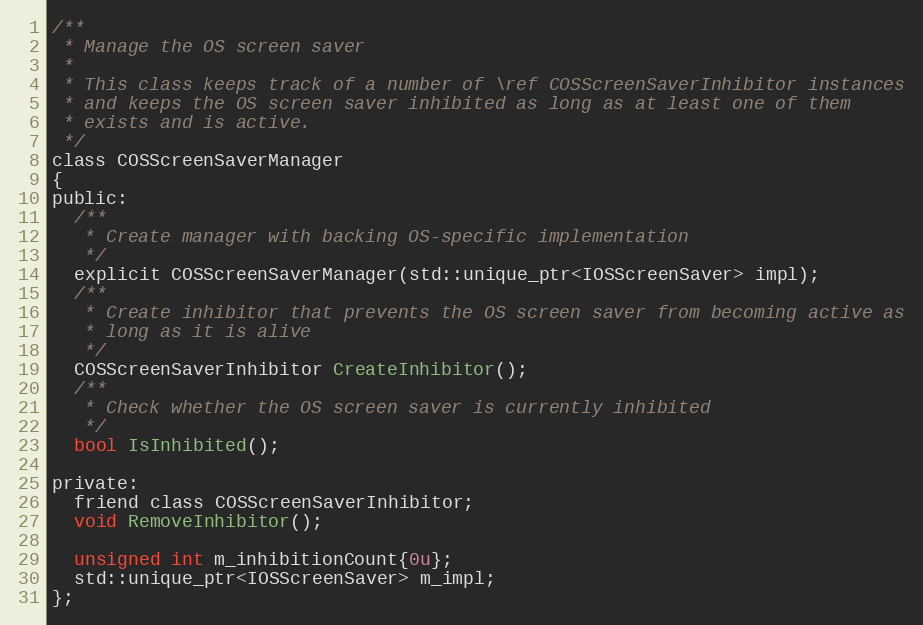
Language: C
/**
 * Manage the OS screen saver
 *
 * This class keeps track of a number of \ref COSScreenSaverInhibitor instances
 * and keeps the OS screen saver inhibited as long as at least one of them
 * exists and is active.
 */
class COSScreenSaverManager
{
public:
  /**
   * Create manager with backing OS-specific implementation
   */
  explicit COSScreenSaverManager(std::unique_ptr<IOSScreenSaver> impl);
  /**
   * Create inhibitor that prevents the OS screen saver from becoming active as
   * long as it is alive
   */
  COSScreenSaverInhibitor CreateInhibitor();
  /**
   * Check whether the OS screen saver is currently inhibited
   */
  bool IsInhibited();

private:
  friend class COSScreenSaverInhibitor;
  void RemoveInhibitor();

  unsigned int m_inhibitionCount{0u};
  std::unique_ptr<IOSScreenSaver> m_impl;
};